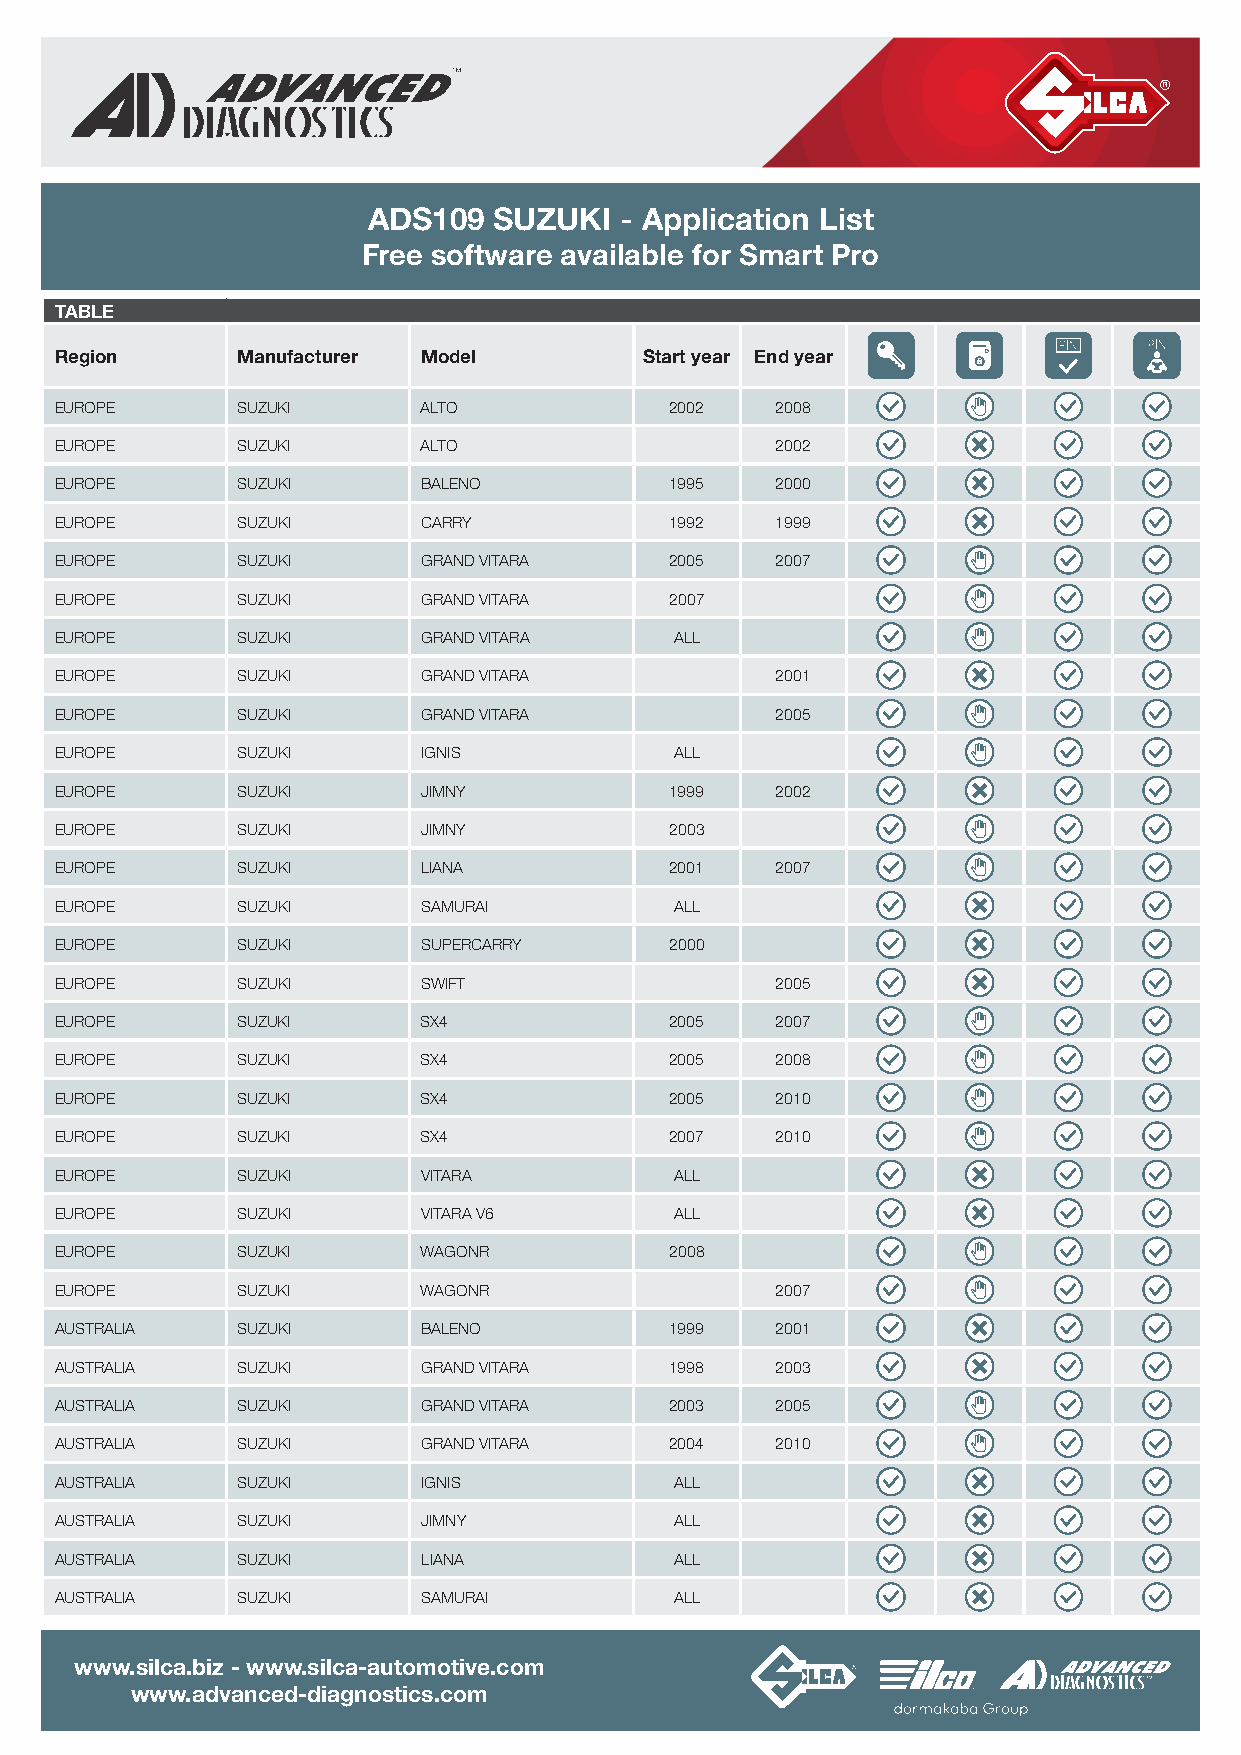
ADS109   SUZUKI  - Application List
 Free software available for Smart Pro
 TABLE
 Region      Manufacturer Model         Start year End year
 EUROPE      SUZUKI      ALTO            2002   2008
 EUROPE      SUZUKI      ALTO                   2002
 EUROPE      SUZUKI      BALENO          1995   2000
 EUROPE      SUZUKI      CARRY           1992   1999
 EUROPE      SUZUKI      GRAND VITARA    2005   2007
 EUROPE      SUZUKI      GRAND VITARA    2007
 EUROPE      SUZUKI      GRAND VITARA     ALL
 EUROPE      SUZUKI      GRAND VITARA           2001
 EUROPE      SUZUKI      GRAND VITARA           2005
 EUROPE      SUZUKI      IGNIS            ALL
 EUROPE      SUZUKI      JIMNY           1999   2002
 EUROPE      SUZUKI      JIMNY           2003
 EUROPE      SUZUKI      LIANA           2001   2007
 EUROPE      SUZUKI      SAMURAI          ALL
 EUROPE      SUZUKI      SUPERCARRY      2000
 EUROPE      SUZUKI      SWIFT                  2005
 EUROPE      SUZUKI      SX4             2005   2007
 EUROPE      SUZUKI      SX4             2005   2008
 EUROPE      SUZUKI      SX4             2005   2010
 EUROPE      SUZUKI      SX4             2007   2010
 EUROPE      SUZUKI      VITARA           ALL
 EUROPE      SUZUKI      VITARA V6        ALL
 EUROPE      SUZUKI      WAGON R         2008
 EUROPE      SUZUKI      WAGON R                2007
 AUSTRALIA   SUZUKI      BALENO          1999   2001
 AUSTRALIA   SUZUKI      GRAND VITARA    1998   2003
 AUSTRALIA   SUZUKI      GRAND VITARA    2003   2005
 AUSTRALIA   SUZUKI      GRAND VITARA    2004   2010
 AUSTRALIA   SUZUKI      IGNIS            ALL
 AUSTRALIA   SUZUKI      JIMNY            ALL
 AUSTRALIA   SUZUKI      LIANA            ALL
 AUSTRALIA   SUZUKI      SAMURAI          ALL
 www.silca.biz - www.silca-automotive.com
 www.advanced-diagnostics.com